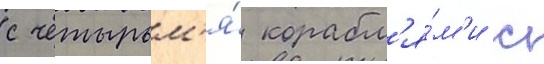
с четырьм'я́ корабл'я́м'и с